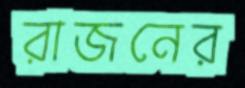
রাজনের